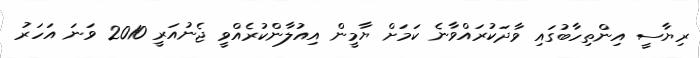
ރިޔާސީ އިންތިހާބުގައި ވާދަކުރައްވާނެ ކަމަށް ޔާމީން އިއުލާންކުރެއްވީ ޖެނުއަރީ 2010 ވަނަ އަހަރު